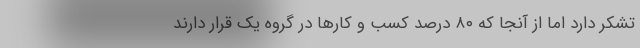
تشکر دارد اما از آنجا که ۸۰ درصد کسب و کارها در گروه یک قرار دارند